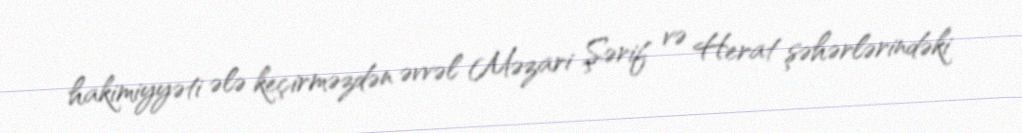
hakimiyyəti ələ keçirməzdən əvvəl Məzari Şərif və Herat şəhərlərindəki